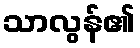
သာလွန်၏